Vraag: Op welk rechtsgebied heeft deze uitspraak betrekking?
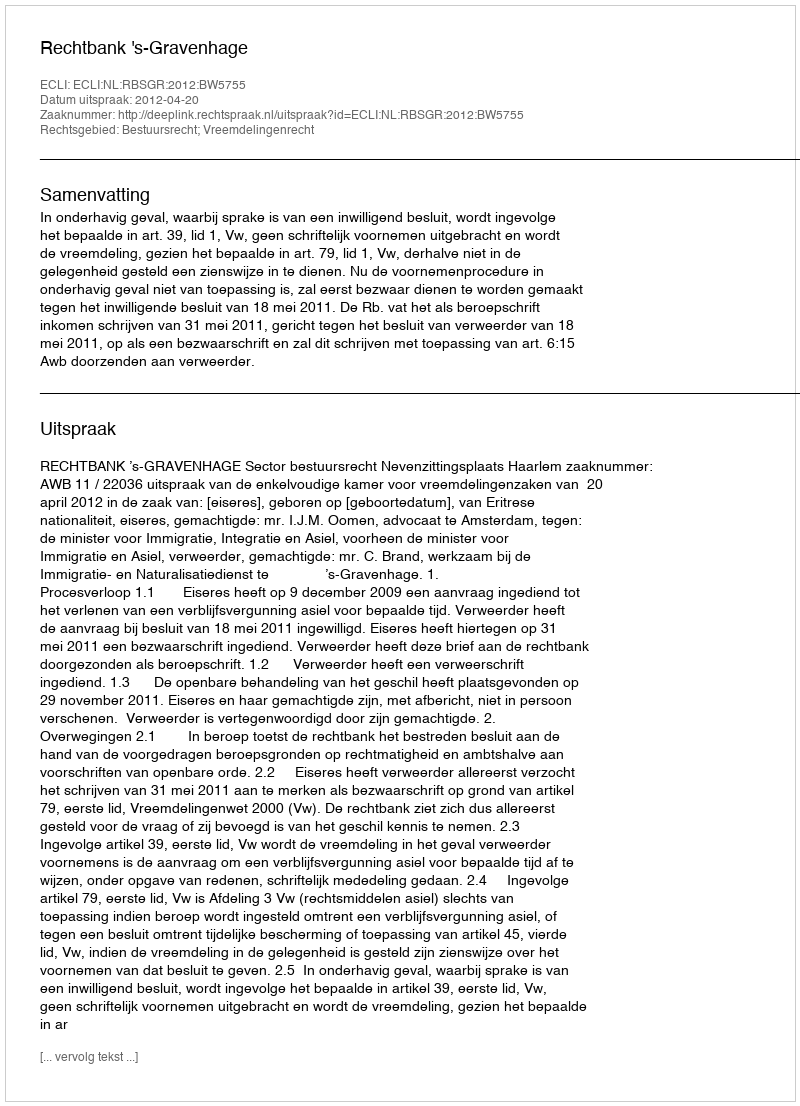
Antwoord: Bestuursrecht; Vreemdelingenrecht